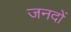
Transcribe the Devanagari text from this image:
जनदों